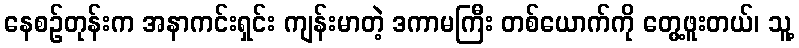
နေစဉ်တုန်းက အနာကင်းရှင်း ကျန်းမာတဲ့ ဒကာမကြီး တစ်ယောက်ကို တွေ့ဖူးတယ်၊ သူ့